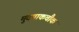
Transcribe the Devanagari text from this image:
मुदपाकचौक